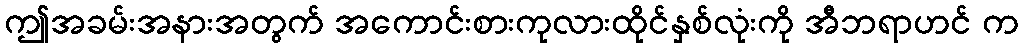
ဤအခမ်းအနားအတွက် အကောင်းစားကုလားထိုင်နှစ်လုံးကို အီဘရာဟင် က